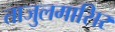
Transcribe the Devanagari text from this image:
ताजुलमासिर